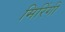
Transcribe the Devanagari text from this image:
मिरिंगी